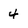
Character: 4